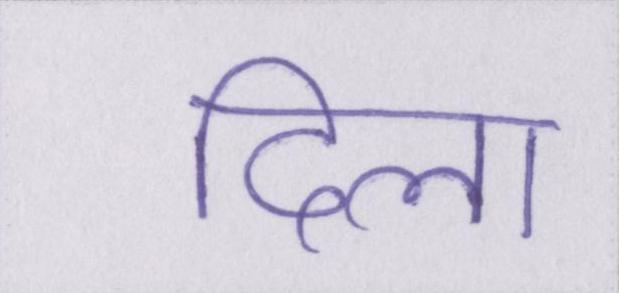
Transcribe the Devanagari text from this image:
दिला